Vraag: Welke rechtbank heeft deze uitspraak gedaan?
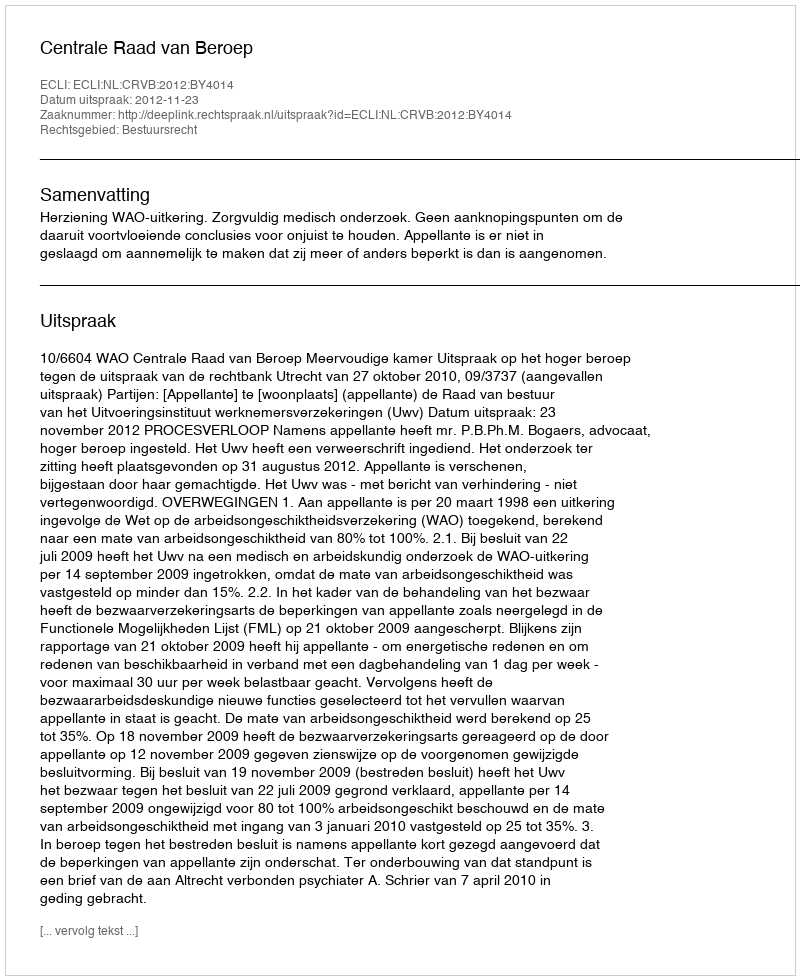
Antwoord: Centrale Raad van Beroep